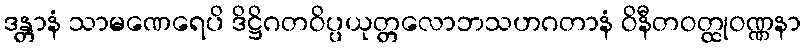
ဒန္တာနံ သာမဏေရေပိ ဒိဋ္ဌိဂတဝိပ္ပယုတ္တလောဘသဟဂတာနံ ဝိနီတဝတ္ထုဝဏ္ဏနာ